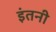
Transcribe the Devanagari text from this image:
इंतनी